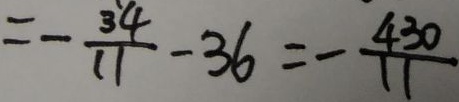
= - \frac { 3 4 } { 1 1 } - 3 6 = - \frac { 4 3 0 } { 1 1 }